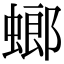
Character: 螂